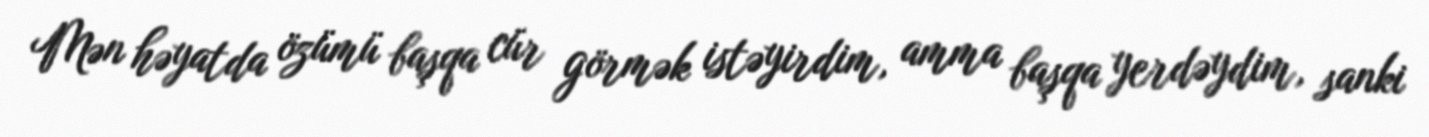
Mən həyatda özümü başqa cür görmək istəyirdim, amma başqa yerdəydim, sanki